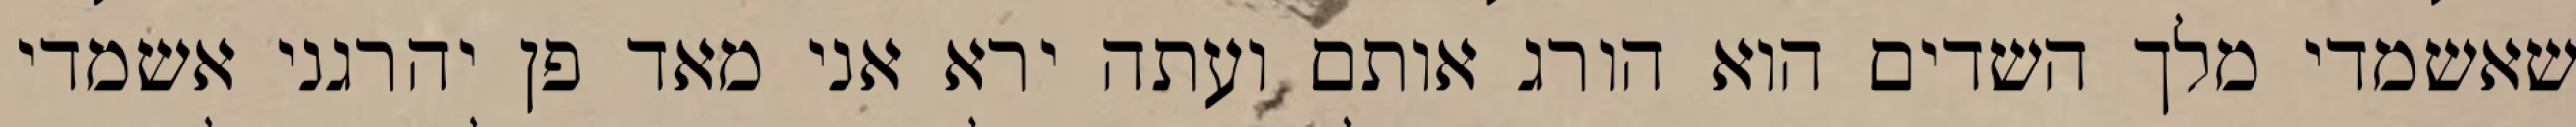
שאשמדי מלך השדים הוא הורג אותם ועתה ירא אני מאד פן יהרגני אשמדי